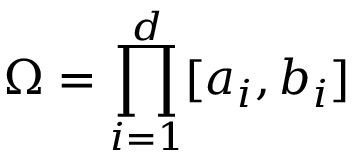
\Omega = \prod _ { i = 1 } ^ { d } [ a _ { i } , b _ { i } ]